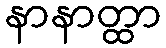
နာနာတ္ထာ